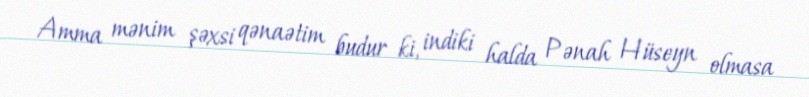
Amma mənim şəxsi qənaətim budur ki, indiki halda Pənah Hüseyn olmasa